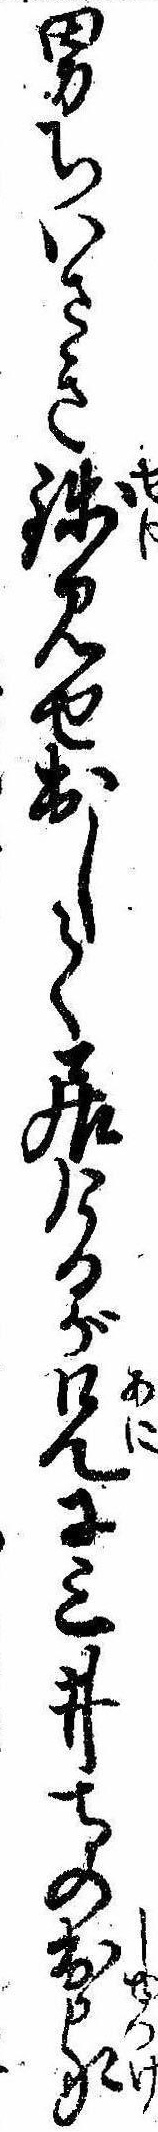
男ちいさき銭見せ出して居けるが兄に三井寺の出家